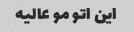
این اتو مو عالیه